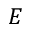
E